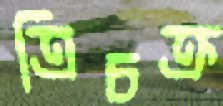
ত্রিচক্র